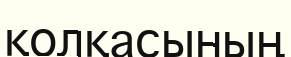
қолқасының